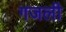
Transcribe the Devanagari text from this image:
गजली